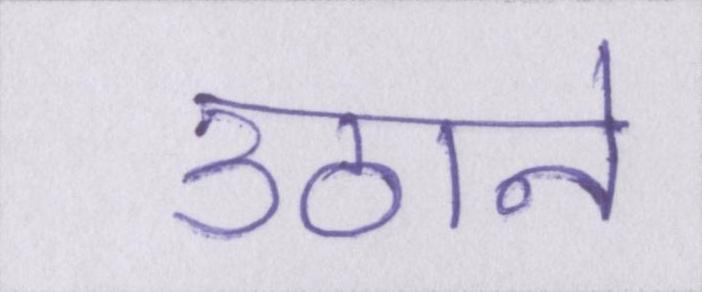
उठाने